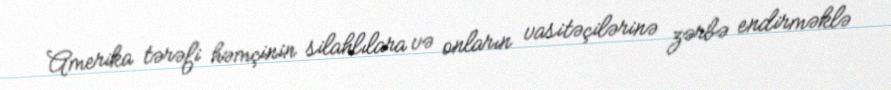
Amerika tərəfi həmçinin silahlılara və onların vasitəçilərinə zərbə endirməklə